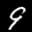
Label: 9